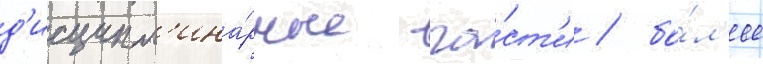
д'исципл'ина́рные ча́ст'и / бо́л'ее